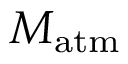
M _ { \mathrm { a t m } }